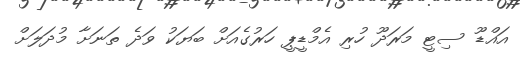
އައްޑޫ ސިޓީ މަރަދޫ ހުރި އެމްޑީޕީ ހަރުގެއަށް ބަޔަކު ވަދެ ތަނަށާ މުދަލަށް